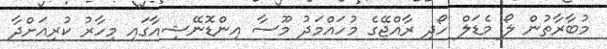
މުބާރާތުން ލޯ މެޑަލް ހޯދި ރާއްޖޭގެ މުހައްމަދު މޫސާ އިންޑޮނޭޝިއާގައި މިހާރު ކުރިއަށްދާ